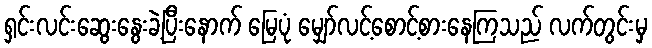
ရှင်းလင်းဆွေးနွေးခဲ့ပြီးနောက် မြေပုံ မျှော်လင့်စောင့်စားနေကြသည် လက်တွင်းမှ